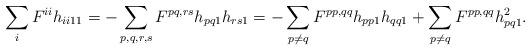
\begin{align*}\sum_i F^{ii}h_{ii11}=-\sum_{p,q,r,s} F^{pq,rs}h_{pq1}h_{rs1}=-\sum_{p\neq q}F^{pp,qq}h_{pp1}h_{qq1}+\sum_{p\neq q}F^{pp,qq}h_{pq1}^2.\end{align*}